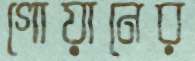
গোয়ানের